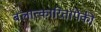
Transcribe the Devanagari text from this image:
बलात्‍कारितांपैकी